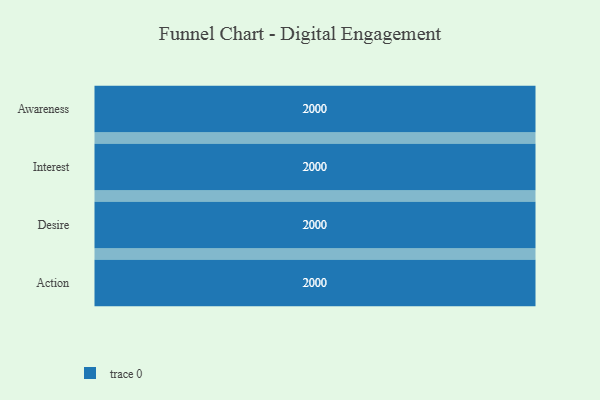
{"axis": {"x": "Stage", "y": "Value"}, "legend": [""], "data": [{"x": "Awareness", "y": 2000, "type": ""}, {"x": "Interest", "y": 2000, "type": ""}, {"x": "Desire", "y": 2000, "type": ""}, {"x": "Action", "y": 2000, "type": ""}]}